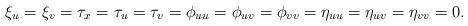
LaTeX: \begin{align*}\xi_u=\xi_v=\tau_x=\tau_u=\tau_v=\phi_{uu}=\phi_{uv}=\phi_{vv}=\eta_{uu}=\eta_{uv}=\eta_{vv}=0.\end{align*}